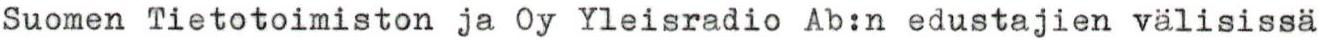
Suomen Tietotoimiston ja Oy Yleisradio Ab:n edustajien välisissä